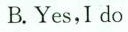
B.Yes,I do